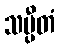
သမ္ပီတံ